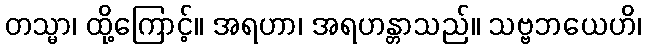
တသ္မာ၊ ထို့ကြောင့်။ အရဟာ၊ အရဟန္တာသည်။ သဗ္ဗဘယေဟိ၊